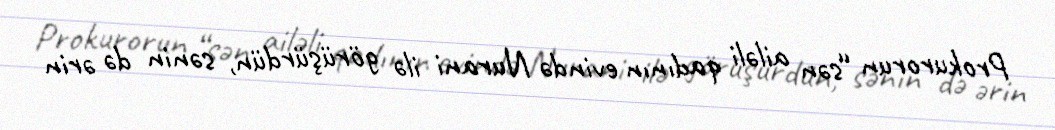
Prokurorun “sən ailəli qadının evində Nurani ilə görüşürdün, sənin də ərin